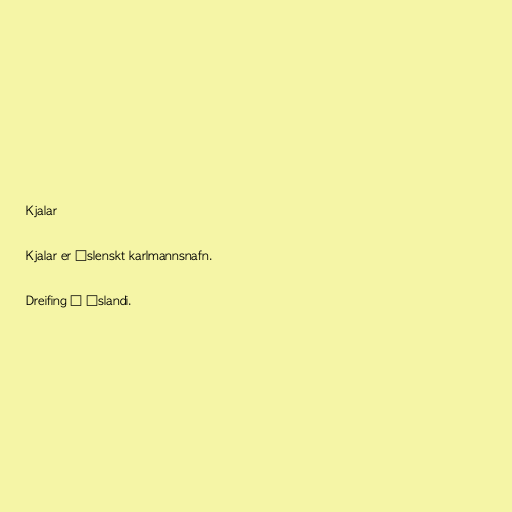
Kjalar

Kjalar er íslenskt karlmannsnafn.

Dreifing á Íslandi.